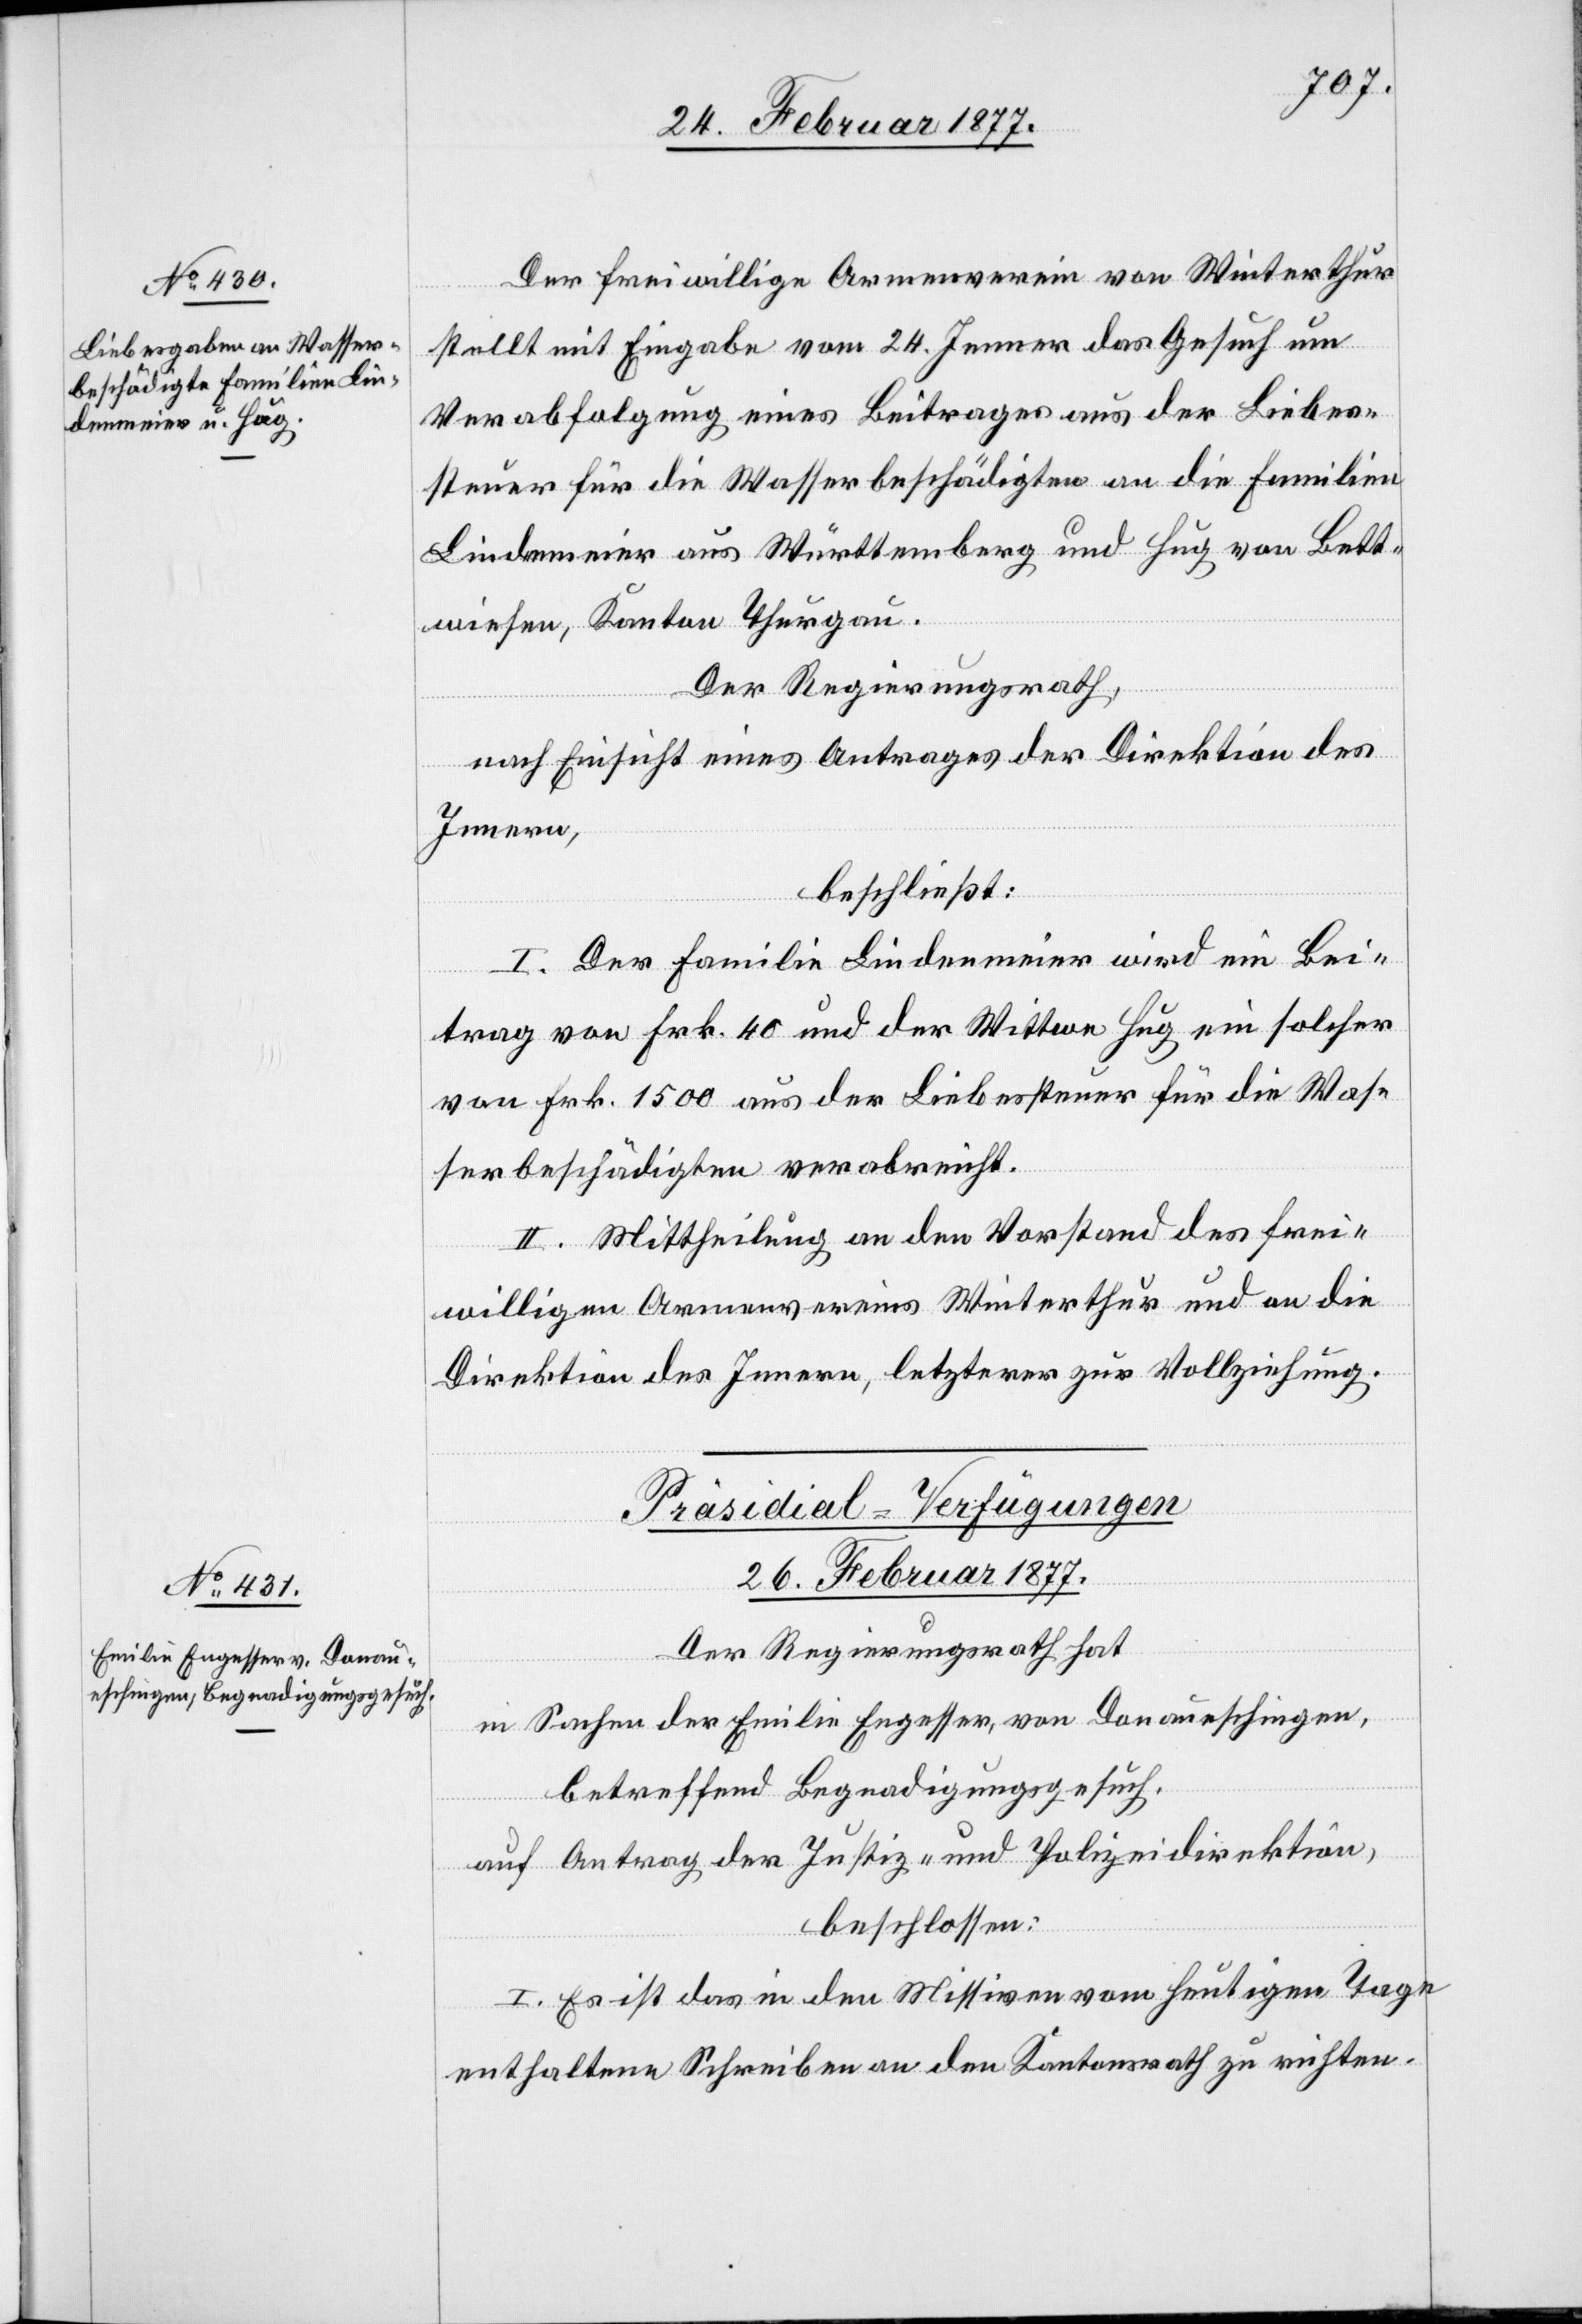
Der freiwillige Armenverein von Winterthur
stellt mit Eingabe vom 24. Jenner das Gesuch um
Verabfolgung eines Beitrages aus der Liebes¬
steuer für die Wasserbeschädigten an die Familien
Lindmeier aus Württemberg und Hug von Bett¬
wiesen, Kanton Thurgau.
Der Regierungsrath,
nach Einsicht eines Antrages der Direktion des
Innern,
beschließt:
I. Der Familie Lindmeier wird ein Bei¬
trag von Frk. 40 und der Wittwe Hug ein solcher
von Frk. 1500 aus der Liebessteuer für Was¬
serbeschädigte verabreicht.
II. Mittheilung an den Vorstand des frei¬
willigen Armenvereins Winterthur und an die
Direktion des Innern, letzterer zur Vollziehung.
Präsidial-Verfügungen
26. Februar 1877.
Der Regierungsrath hat,
in Sachen der Emilie Engesser, von Donaueschingen,
betreffend Begnadigungsgesuch,
auf Antrag der Justiz- und Polizeidirektion,
beschlossen:
I. Es ist das in den Missiven vom heutigen Tage
enthaltene Schreiben an den Kantonsrath zu richten.